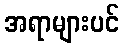
အရာများပင်